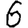
Digit: 6